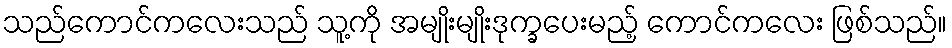
သည်ကောင်ကလေးသည် သူ့ကို အမျိုးမျိုးဒုက္ခပေးမည့် ကောင်ကလေး ဖြစ်သည်။